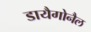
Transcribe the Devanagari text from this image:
डायैगोनैल